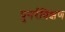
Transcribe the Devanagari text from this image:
पुनर्रविक्षण